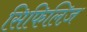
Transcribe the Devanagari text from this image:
सिफिलिज़